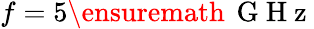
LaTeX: f=5{\ensuremath{\, \mathrm{~G~H~z~}}}